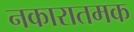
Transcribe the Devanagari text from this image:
नकारातमक